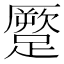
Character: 蹷